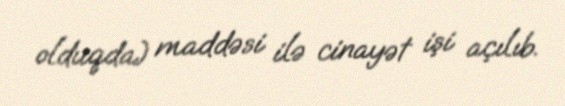
olduqda) maddəsi ilə cinayət işi açılıb.